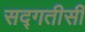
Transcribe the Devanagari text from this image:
सद्गतीसी